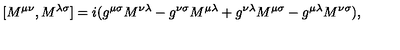
\lbrack M ^ { \mu \nu } , M ^ { \lambda \sigma } \rbrack = i ( g ^ { \mu \sigma } M ^ { \nu \lambda } - g ^ { \nu \sigma } M ^ { \mu \lambda } + g ^ { \nu \lambda } M ^ { \mu \sigma } - g ^ { \mu \lambda } M ^ { \nu \sigma } ) ,